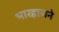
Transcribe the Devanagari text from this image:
भारद्वाजने